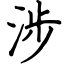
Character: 涉